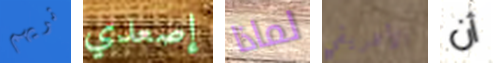
نريهم إصعدي لماذا الأفريقي أن